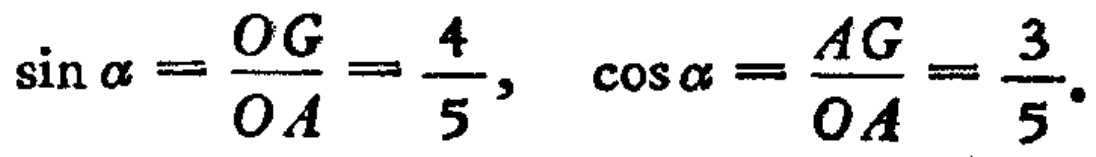
\(\sin \alpha =\frac{OG}{OA}=\frac{4}{5},\ \cos \alpha =\frac{AG}{OA}=\frac{3}{5}.\)